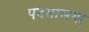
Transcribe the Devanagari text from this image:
पदमालया